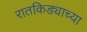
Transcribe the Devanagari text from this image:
रातकिड्याच्या